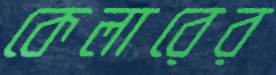
কেলারের